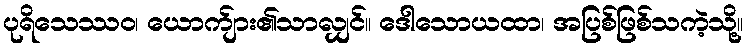
ပုရိသေဿဝ၊ ယောက်ျား၏သာလျှင်။ ဒေါသောယထာ၊ အပြစ်ဖြစ်သကဲ့သို့။